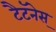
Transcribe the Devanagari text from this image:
टैटॅनेस्